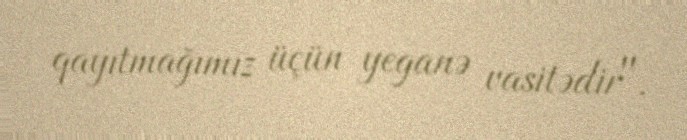
qayıtmağımız üçün yeganə vasitədir".